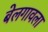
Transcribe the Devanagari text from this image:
बेलगावला